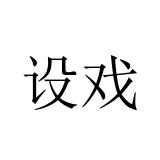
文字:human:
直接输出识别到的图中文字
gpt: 设戏